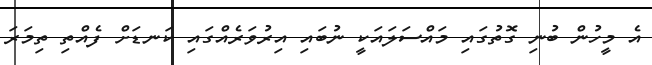
އެ މީހުން ބުނި ގޮތުގައި މައްސަލައަކީ ނުބައި އިރުވަރެއްގައި ކަނޑަށް ފެއްތި ތިމަރަ